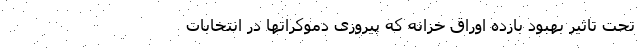
تحت تاثیر بهبود بازده اوراق خزانه که پیروزی دموکراتها در انتخابات